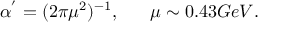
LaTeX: \alpha ^ { ' } = ( 2 \pi \mu ^ { 2 } ) ^ { - 1 } , ~ ~ ~ ~ ~ \mu \sim 0 . 4 3 G e V .